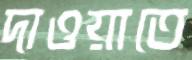
দাওয়াতে